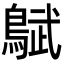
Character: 𬷜